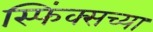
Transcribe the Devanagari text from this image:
स्फिंक्सच्या